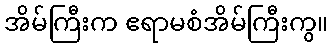
အိမ်ကြီးက ဧရာမစံအိမ်ကြီးကွ။